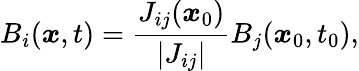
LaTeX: B_{i}(\boldsymbol{x},t)=\frac{J_{ij}(\boldsymbol{x}_{0})}{|J_{ij}|}B_{j}(\boldsymbol{x}_{0},t_{0}),